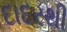
દાદરથી